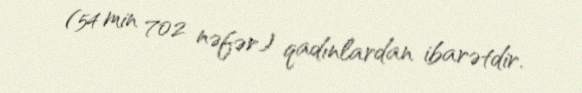
(54 min 702 nəfər) qadınlardan ibarətdir.